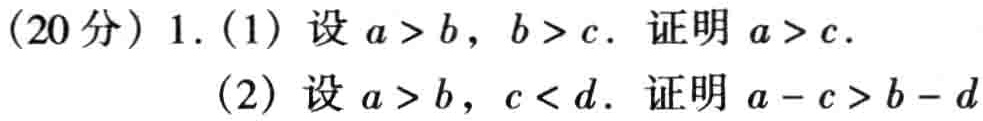
(20分) 1. (1) 设 \(a > b\)，\(b > c\). 证明 \(a > c\).

(2) 设 \(a > b\)，\(c < d\). 证明 \(a - c > b - d\)